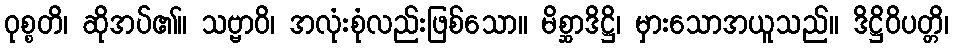
ဝုစ္စတိ၊ ဆိုအပ်၏။ သဗ္ဗာဝိ၊ အလုံးစုံလည်းဖြစ်သော။ မိစ္ဆာဒိဋ္ဌိ၊ မှားသောအယူသည်။ ဒိဋ္ဌိဝိပတ္တိ၊